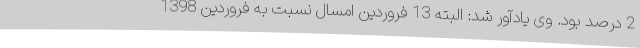
2 درصد بود. وی یادآور شد: البته 13 فروردین امسال نسبت به فروردین 1398